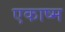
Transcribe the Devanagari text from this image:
एकाष्म